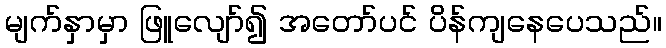
မျက်နှာမှာ ဖြူလျော်၍ အတော်ပင် ပိန်ကျနေပေသည်။